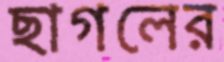
ছাগলের